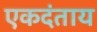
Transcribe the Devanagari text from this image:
एकदंताय